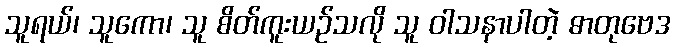
သူရယ်၊ သူကော၊ သူ စိတ်ကူးယဉ်သလို သူ ဝါသနာပါတဲ့ ဓာတုဗေဒ